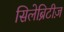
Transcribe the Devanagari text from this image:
सिलेब्रिटीज़